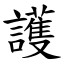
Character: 護